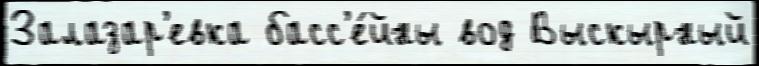
Залазар'евка басс'е́йны вод Выскырный